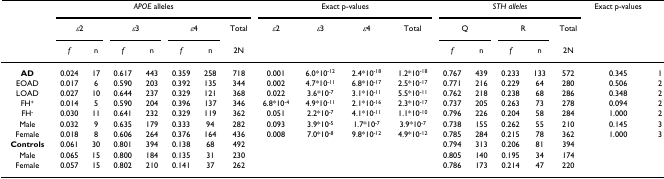
<table><thead><tr><td></td><td colspan="7"><b><i>APOE </i>alleles</b></td><td colspan="4"><b>Exact p-values</b></td><td colspan="5"><b><i>STH alleles</i></b></td><td><b>Exact p-values</b></td><td></td></tr><tr><td></td><td colspan="2"><b><i>ε</i>2</b></td><td colspan="2"><b><i>ε</i>3</b></td><td colspan="2"><b><i>ε</i>4</b></td><td><b>Total</b></td><td><b><i>ε</i>2</b></td><td><b><i>ε</i>3</b></td><td><b><i>ε</i>4</b></td><td><b>Total</b></td><td colspan="2"><b>Q</b></td><td colspan="2"><b>R</b></td><td><b>Total</b></td><td></td><td></td></tr><tr><td></td><td><b><i>f</i></b></td><td><b>n</b></td><td><b><i>f</i></b></td><td><b>n</b></td><td><b><i>f</i></b></td><td><b>n</b></td><td><b>2N</b></td><td></td><td></td><td></td><td></td><td><b><i>f</i></b></td><td><b>n</b></td><td><b><i>f</i></b></td><td><b>n</b></td><td><b>2N</b></td><td></td><td></td></tr></thead><tbody><tr><td><b>AD</b></td><td>0.024</td><td>17</td><td>0.617</td><td>443</td><td>0.359</td><td>258</td><td>718</td><td>0.001</td><td>6.0*10<sup>-12</sup></td><td>2.4*10<sup>-18</sup></td><td>1.2*10<sup>-18</sup></td><td>0.767</td><td>439</td><td>0.233</td><td>133</td><td>572</td><td>0.345</td><td>1</td></tr><tr><td>EOAD</td><td>0.017</td><td>6</td><td>0.590</td><td>203</td><td>0.392</td><td>135</td><td>344</td><td>0.002</td><td>4.7*10<sup>-11</sup></td><td>6.8*10<sup>-17</sup></td><td>2.5*10<sup>-17</sup></td><td>0.771</td><td>216</td><td>0.229</td><td>64</td><td>280</td><td>0.506</td><td>2</td></tr><tr><td>LOAD</td><td>0.027</td><td>10</td><td>0.644</td><td>237</td><td>0.329</td><td>121</td><td>368</td><td>0.022</td><td>3.6*10<sup>-7</sup></td><td>3.1*10<sup>-11</sup></td><td>5.5*10<sup>-11</sup></td><td>0.762</td><td>218</td><td>0.238</td><td>68</td><td>286</td><td>0.348</td><td>2</td></tr><tr><td>FH<sup>+</sup></td><td>0.014</td><td>5</td><td>0.590</td><td>204</td><td>0.396</td><td>137</td><td>346</td><td>6.8*10<sup>-4</sup></td><td>4.9*10<sup>-11</sup></td><td>2.1*10<sup>-16</sup></td><td>2.3*10<sup>-17</sup></td><td>0.737</td><td>205</td><td>0.263</td><td>73</td><td>278</td><td>0.094</td><td>2</td></tr><tr><td>FH<sup>-</sup></td><td>0.030</td><td>11</td><td>0.641</td><td>232</td><td>0.329</td><td>119</td><td>362</td><td>0.051</td><td>2.2*10<sup>-7</sup></td><td>4.1*10<sup>-11</sup></td><td>1.1*10<sup>-10</sup></td><td>0.796</td><td>226</td><td>0.204</td><td>58</td><td>284</td><td>1.000</td><td>2</td></tr><tr><td>Male</td><td>0.032</td><td>9</td><td>0.635</td><td>179</td><td>0.333</td><td>94</td><td>282</td><td>0.093</td><td>3.9*10<sup>-5</sup></td><td>1.7*10<sup>-7</sup></td><td>3.9*10<sup>-7</sup></td><td>0.738</td><td>155</td><td>0.262</td><td>55</td><td>210</td><td>0.145</td><td>3</td></tr><tr><td>Female</td><td>0.018</td><td>8</td><td>0.606</td><td>264</td><td>0.376</td><td>164</td><td>436</td><td>0.008</td><td>7.0*10<sup>-8</sup></td><td>9.8*10<sup>-12</sup></td><td>4.9*10<sup>-12</sup></td><td>0.785</td><td>284</td><td>0.215</td><td>78</td><td>362</td><td>1.000</td><td>3</td></tr><tr><td><b>Controls</b></td><td>0.061</td><td>30</td><td>0.801</td><td>394</td><td>0.138</td><td>68</td><td>492</td><td></td><td></td><td></td><td></td><td>0.794</td><td>313</td><td>0.206</td><td>81</td><td>394</td><td></td><td></td></tr><tr><td>Male</td><td>0.065</td><td>15</td><td>0.800</td><td>184</td><td>0.135</td><td>31</td><td>230</td><td></td><td></td><td></td><td></td><td>0.805</td><td>140</td><td>0.195</td><td>34</td><td>174</td><td></td><td></td></tr><tr><td>Female</td><td>0.057</td><td>15</td><td>0.802</td><td>210</td><td>0.141</td><td>37</td><td>262</td><td></td><td></td><td></td><td></td><td>0.786</td><td>173</td><td>0.214</td><td>47</td><td>220</td><td></td><td></td></tr></tbody></table>